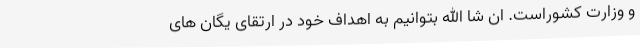
و وزارت کشوراست. ان شا الله بتوانیم به اهداف خود در ارتقای یگان های